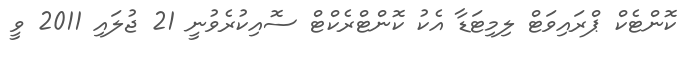
ކޮންޓެކް ޕްރައިވަޓް ލިމިޓަޑާ އެކު ކޮންޓްރެކްޓް ސޮއިކުރެވުނީ 21 ޖުލައި 2011 ވީ